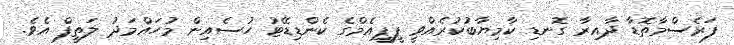
ފަރެސްމާތޮޑާ ދާއިރާ ގޮނޑި ކާމިޔާބުކުރެއްވީ ޕީޕީއެމްގެ ކެންޑިޑޭޓު ހުސެއިން މުހައްމަދު ލަތީފް އެވެ.